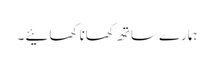
ہمارے ساتھ کھانا کھائیے ۔